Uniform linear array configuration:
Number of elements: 8
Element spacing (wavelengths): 0.25
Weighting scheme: cosine
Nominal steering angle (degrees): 45
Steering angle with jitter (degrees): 46.411
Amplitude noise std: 0.05
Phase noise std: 0.05

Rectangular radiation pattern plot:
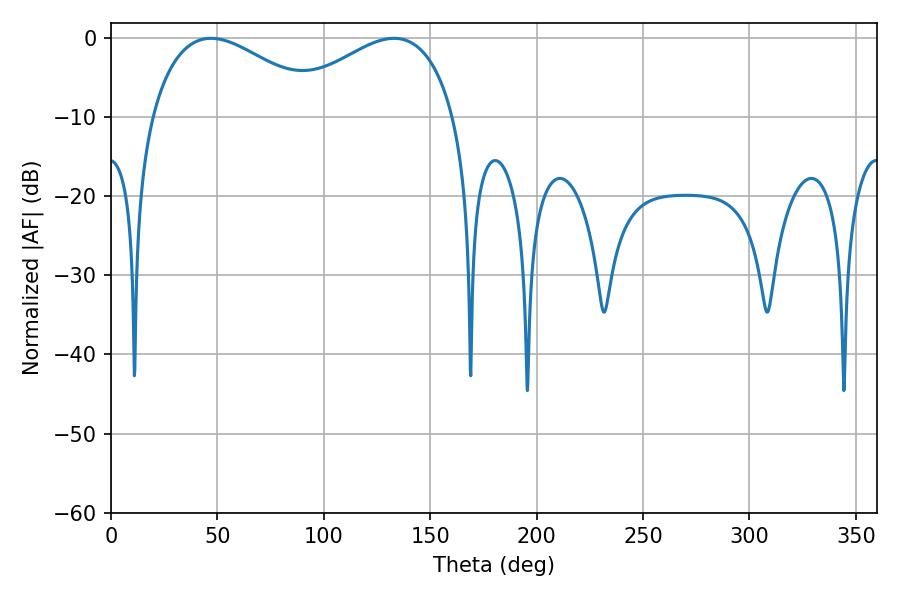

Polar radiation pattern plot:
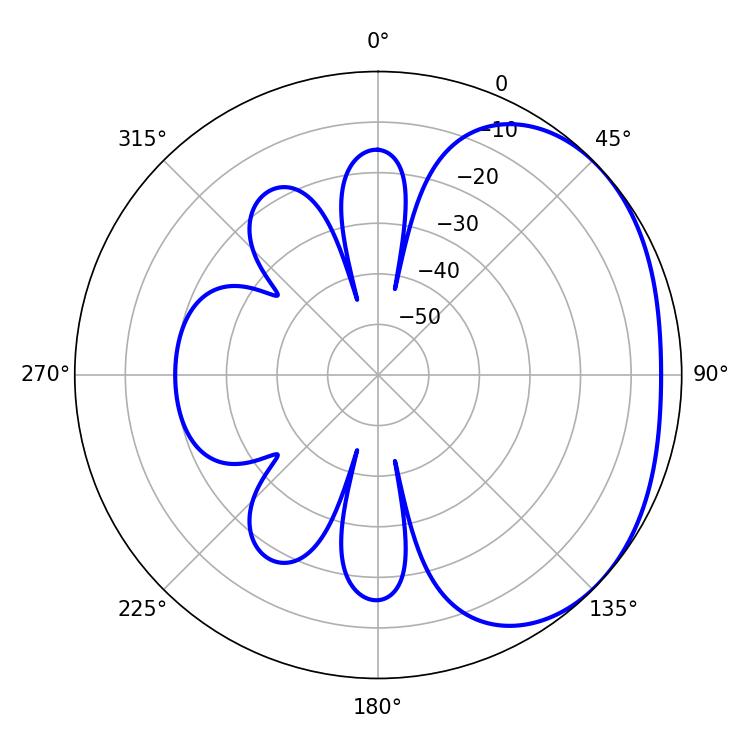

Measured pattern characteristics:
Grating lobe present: FALSE
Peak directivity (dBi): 2.192
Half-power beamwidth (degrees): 44.82
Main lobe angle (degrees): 46.98